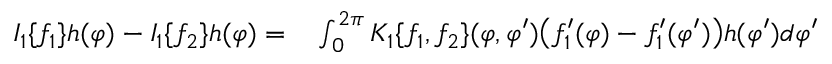
\begin{array} { r l } { I _ { 1 } \{ f _ { 1 } \} h ( \varphi ) - I _ { 1 } \{ f _ { 2 } \} h ( \varphi ) = } & { { } \int _ { 0 } ^ { 2 \pi } K _ { 1 } \{ f _ { 1 } , f _ { 2 } \} ( \varphi , \varphi ^ { \prime } ) \big ( f _ { 1 } ^ { \prime } ( \varphi ) - f _ { 1 } ^ { \prime } ( \varphi ^ { \prime } ) \big ) h ( \varphi ^ { \prime } ) d \varphi ^ { \prime } } \end{array}